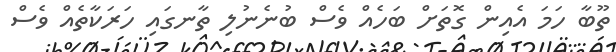
ތޫބާ ހަމަ އެއިން ގޮތަށް ބަހެއް ވެސް ބުނެނުލި ތާނގައި ހަރަކާތެއް ވެސް